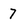
Character: 7